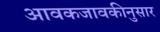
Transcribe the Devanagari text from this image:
आवकजावकीनुसार